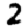
Digit: 2